Bombay plague: being a history of the progress of plague in the Bombay presidency from September 1896 to June 1899
Year: 1896
Disease focus: Plague
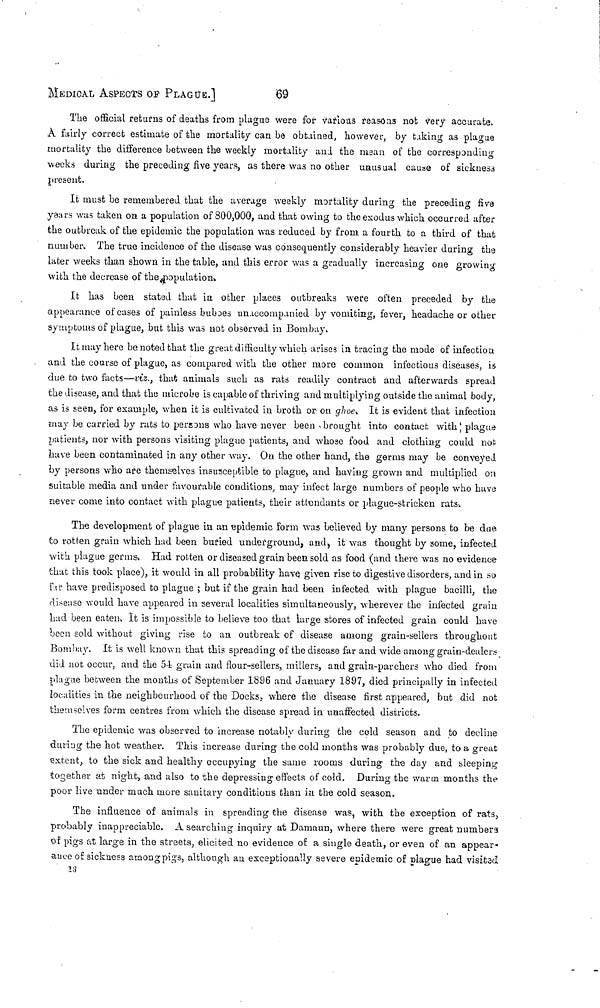
MEDICAL ASPECTS OF PLAGUE.]
69
The official returns of deaths from plague were for various reasons not very accurate.
À fairly correct estimate of the mortality can be obtained, however, by taking as plague
mortality the difference between the weekly mortality and the mean of the corresponding
weeks during the preceding five years, as there was no other unusual cause of sickness
present.
It must be remembered that the average weekly mortality during the preceding five
years was taken on a population of 800,000, and that owing to the exodus which occurred after
the outbreak of the epidemic the population was reduced by from a fourth to a third of that
number. The true incidence of the disease was consequently considerably heavier during the
later weeks than shown in the table, and this error was a gradually increasing one growing
with the decrease of the population.
It has been stated that in other places outbreaks were often preceded by the
appearance of cases of painless buboes unaccompanied by vomiting, fever, headache or other
symptoms of plague, but this was not observed in Bombay.
It may here be noted that the great difficulty which arises in tracing the mode of infection
and the course of plague, as compared with the other more common infectious diseases, is
due to two facts—viz., that animals such as rats readily contract and afterwards spread
the disease, and that the microbe is capable of thriving and multiplying outside the animal body,
as is seen, for example, when it is cultivated in broth or· on ghee. It is evident that infection
may be carried by rats to persons who have never been brought into contact with plague
patients, nor with persons visiting plague patients, and whose food and clothing could not
have been contaminated in any other way. On the other hand, the germs may be conveyed
by persons who are themselves insusceptible to plague, and having grown and multiplied on
suitable media and under favourable conditions, may infect large numbers of people who have
never come into contact with plague patients, their attendants or plague-stricken rats.
The development of plague in an epidemic form was believed by many persons to be due
to rotten grain which had been buried underground, and, it was thought by some, infected
with plague germs. Had rotten or diseased grain been sold as food (and there was no evidence
that this took place), it would in all probability have given rise to digestive disorders, and in so
far have predisposed to plague ; but if the grain had been infected with plague bacilli, the
disease would have appeared in several localities simultaneously, wherever the infected grain
Lad been eaten. It is impossible to believe too that large stores of infected grain could have
been sold without giving rise to an outbreak of disease among grain-sellers throughout
Bombay. It is well known that this spreading of the disease far and wide among grain-dealers
did not occur, and the 54 grain and flour-sellers, millers, and grain-parchers who died from
plague between the months of September 1896 and January 1807, died principally in infected
localities in the neighbourhood of the Docks, where the disease first appeared, but did not
themselves form centres from which the disease spread in unaffected districts.
The epidemic was observed to increase notably during the cold season and to decline
during the hot weather. This increase during the cold months was probably due, to a great
extent, to the sick and healthy occupying the same rooms during the day and sleeping
together at night, and also to the depressing effects of cold. During the war in months the
poor live under much more sanitary conditions than in the cold season.
The influence of animals in spreading the disease was, with the exception of rats,
probably inappreciable. A searching inquiry at Damaun, where there were great numbers
of pigs at large in the streets, elicited no evidence of a single death, or even of an appear-
ance of sickness among pigs, although an exceptionally severe epidemic of plague had visited
13